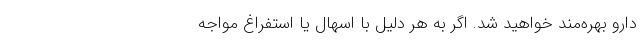
دارو بهره‌مند خواهید شد. اگر به هر دلیل با اسهال یا استفراغ مواجه